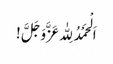
اَ لْحَمْدُ لِلّٰہ عَزَّوَجَلَّ !